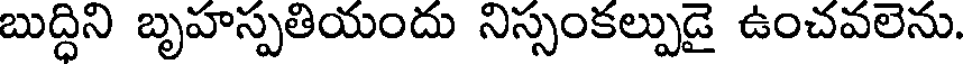
బుద్ధిని బృహస్పతియందు నిస్సంకల్పుడై ఉంచవలెను.